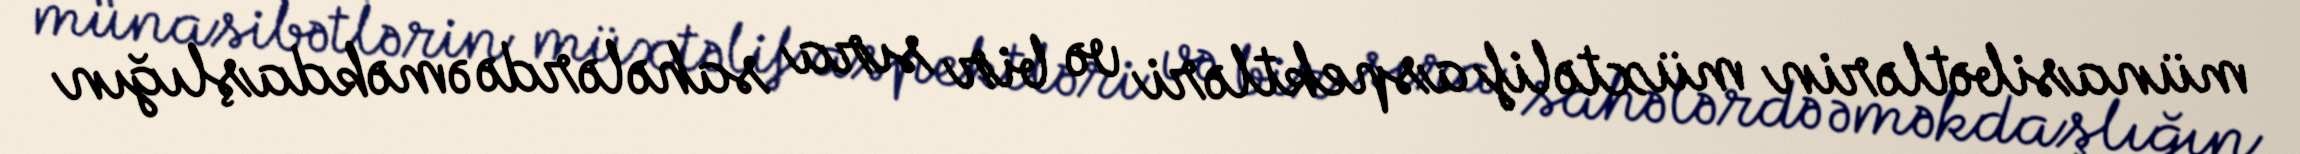
münasibətlərin müxtəlif aspektləri və bir sıra sahələrdə əməkdaşlığın